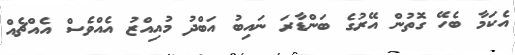
އެކަމާ ބެހޭ ގޮތުން އޭރުގެ ބަންޑާރަ ނައިބު އަބްދު މުއިއްޒު އެއްވެސް އެއްޗެއް